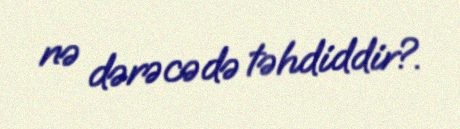
nə dərəcədə təhdiddir?.